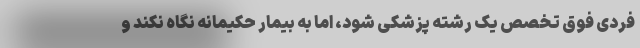
فردی فوق تخصص یک رشته پزشکی شود، اما به بیمار حکیمانه نگاه نکند و